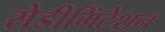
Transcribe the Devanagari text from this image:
सेडीमिंटेशन